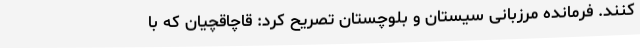
کنند. فرمانده مرزبانی سیستان و بلوچستان تصریح کرد: قاچاقچیان که با